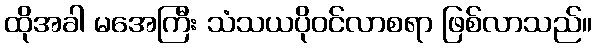
ထိုအခါ မအေကြီး သံသယပိုဝင်လာစရာ ဖြစ်လာသည်။